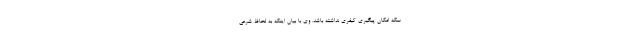
سکه امکان پیگیری کیفری نداشته باشد. وی با بیان اینکه به لحاظ شرعی